Language: tamil
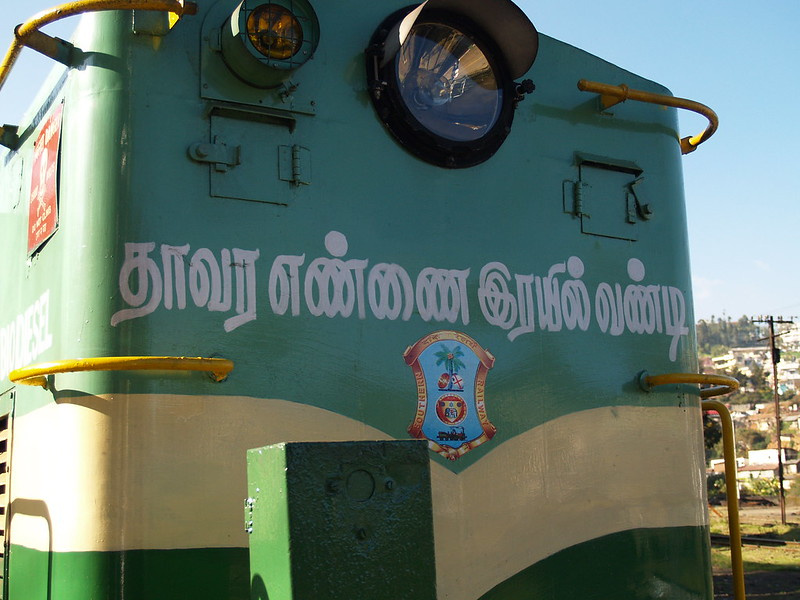
Transcription: தாவர எண்ணை இரயில்வண்டி